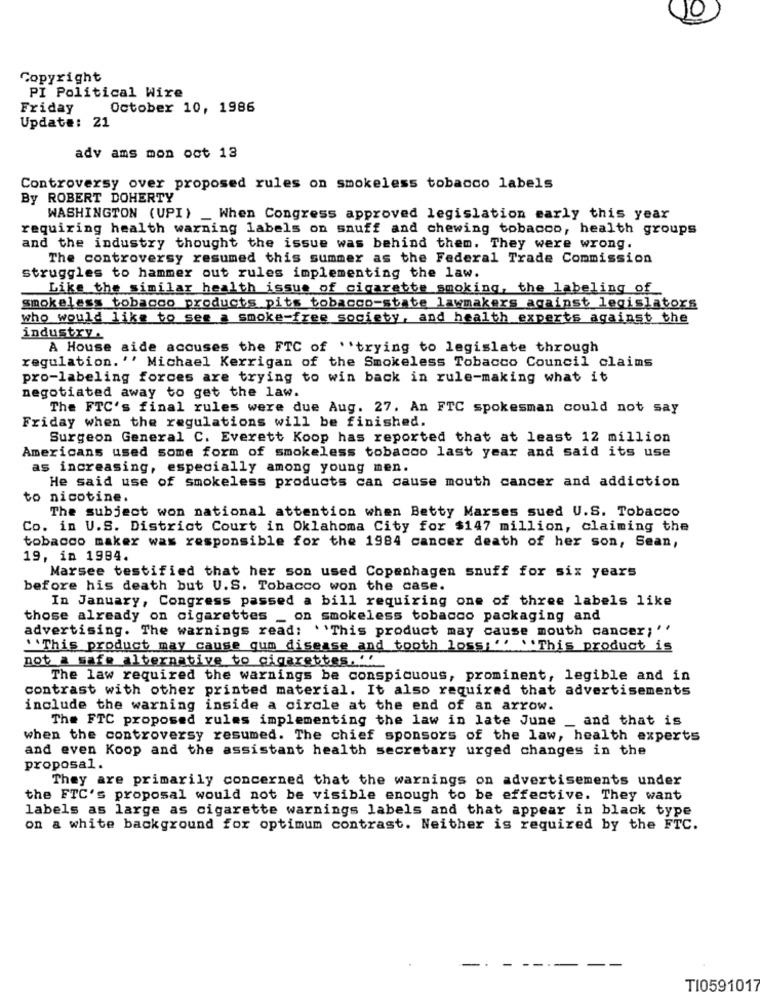
Copyright
PI Political Wire
Friday
October 10, 1986
Update: 21
adv ams mon oct 13
Controversy over proposed rules on smokeless tobacco labels
By ROBERT DOHERTY
WASHINGTON (UPI) _ When Congress approved legislation early this year
requiring health warning labels on snuff and chewing tobacco, health groups
and the industry thought the issue was behind them. They were wrong.
The controversy resumed this summer as the Federal Trade Commission
struggles to hammer out rules implementing the law.
Like the similar health issue of cigarette smoking, the labeling of
smokeless tobacco products pits tobacco-state lawmakers against legislators
who would like to see a smoke-free society, and health experts against the
industry.
A House aide accuses the FTC of ''trying to legislate through
regulation. '' Michael Kerrigan of the Smokeless Tobacco Council claims
pro-labeling forces are trying to win back in rule-making what it
negotiated away to get the law.
The FTC's final rules were due Aug. 27. An FTC spokesman could not say
Friday when the regulations will be finished.
Surgeon General C. Everett Koop has reported that at least 12 million
Americans used some form of smokeless tobacco last year and said its use
as increasing, especially among young men.
He said use of smokeless products can cause mouth cancer and addiction
to nicotine.
The subject won national attention when Betty Marses sued U.S. Tobacco
Co. in U.S. District Court in Oklahoma City for $147 million, claiming the
tobacco maker was responsible for the 1984 cancer death of her son, Sean,
19, in 1984.
Marsee testified that her son used Copenhagen snuff for six years
before his death but U.S. Tobacco won the case.
In January, Congress passed a bill requiring one of three labels like
those already on cigarettes _ on smokeless tobacco packaging and
advertising. The warnings read: ''This product may cause mouth cancer;''
``This product may cause gum disease and tooth loss; "' ''This product is
not a safe alternative to cigarettes.''
The law required the warnings be conspicuous, prominent, legible and in
contrast with other printed material. It also required that advertisements
include the warning inside a circle at the end of an arrow.
The FTC proposed rules implementing the law in late June _ and that is
when the controversy resumed. The chief sponsors of the law, health experts
and even Koop and the assistant health secretary urged changes in the
proposal.
They are primarily concerned that the warnings on advertisements under
the FTC's proposal would not be visible enough to be effective. They want
labels as large as cigarette warnings labels and that appear in black type
on a white background for optimum contrast. Neither is required by the FTC.
-
TI0591017